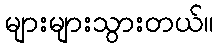
များများသွားတယ်။